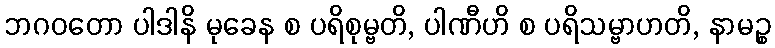
ဘဂဝတော ပါဒါနိ မုခေန စ ပရိစုမ္ဗတိ, ပါဏီဟိ စ ပရိသမ္ဗာဟတိ, နာမဉ္စ